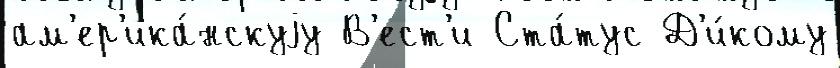
ам'ер'ика́нскуjу В'ест'и Ста́тус Д'и́кому